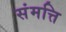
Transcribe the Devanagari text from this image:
संमत्ति